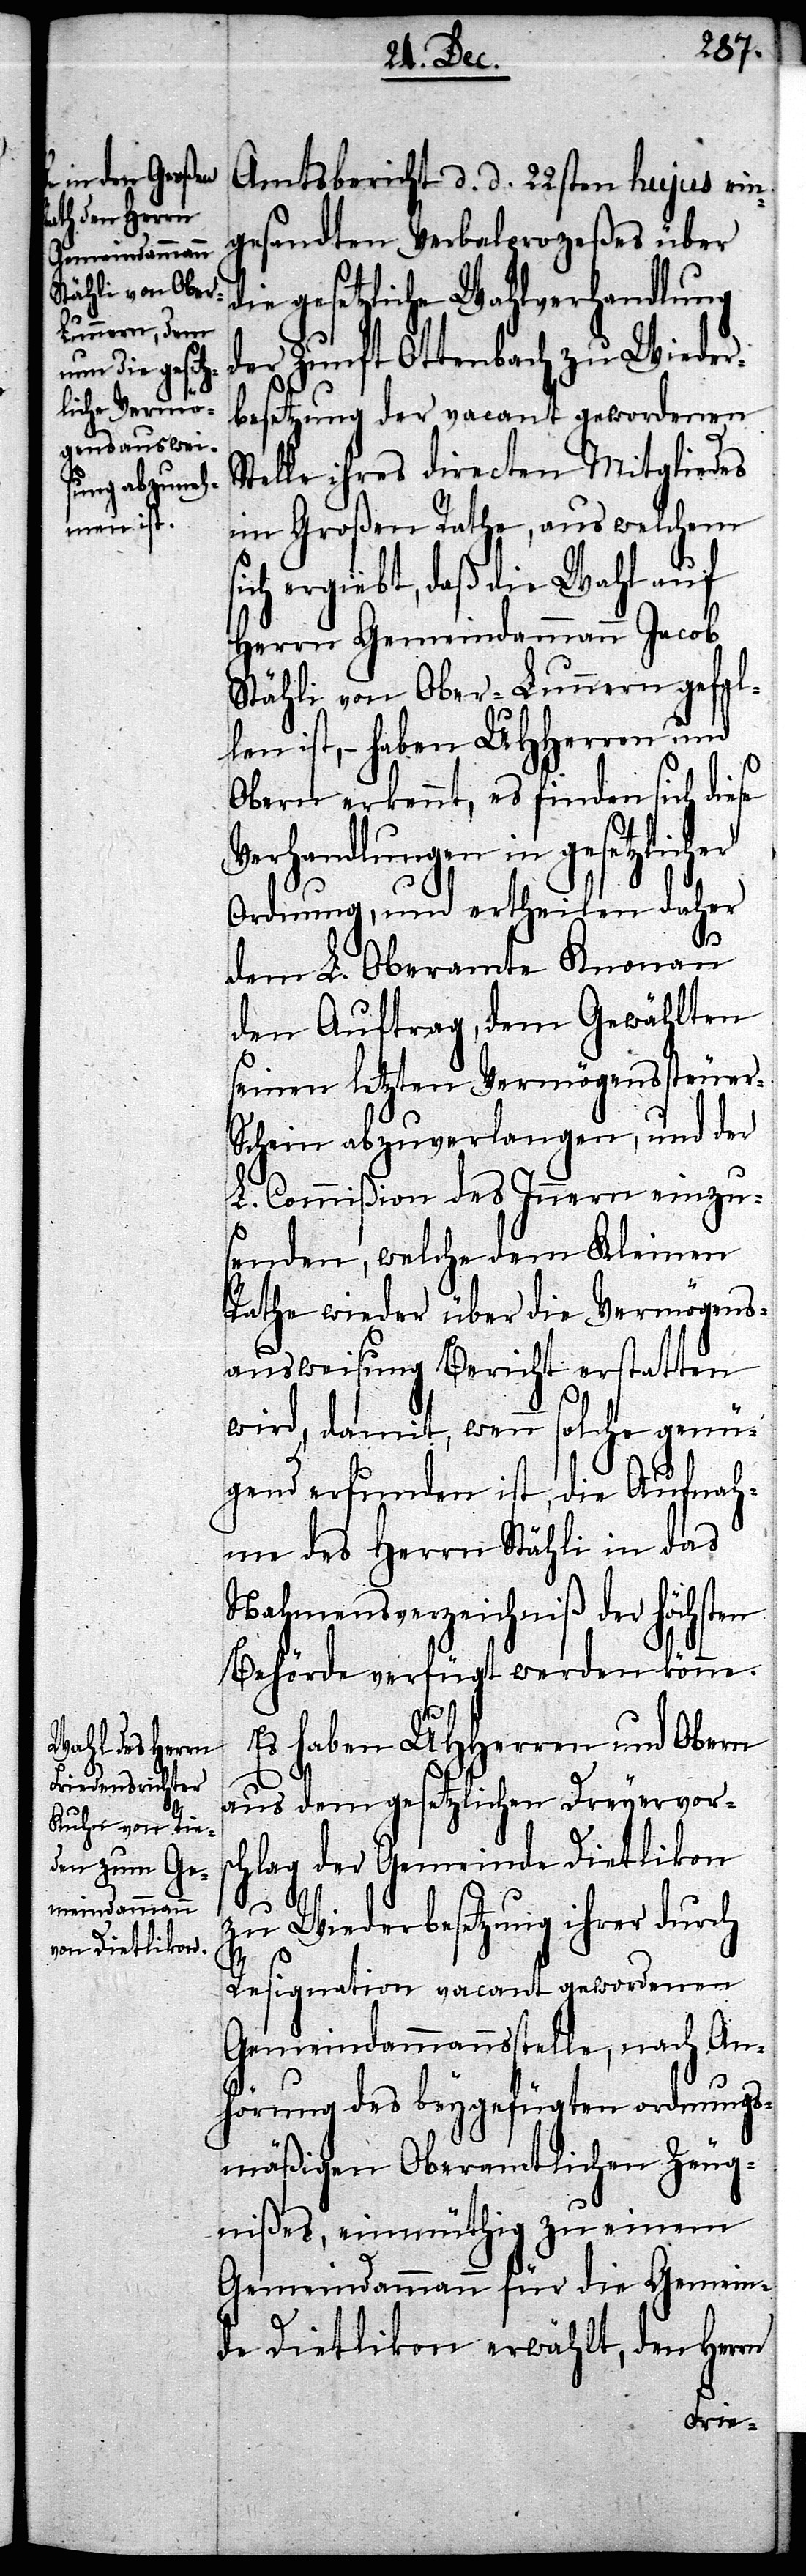
Amtsbericht d. d. 22sten hujus ein¬
gesandten Verbalprozeß über
die gesetzliche Wahlverhandlung
der Zunft Ottenbach zu Wider¬
besetzung der vacant gewordenen
Stelle ihres directen Mitgliedes
im Großen Rathe, aus welchem s¬
ich ergiebt, daß die Wahl auf
Herrn Gemeindammann Jacob
Stähli von Ober-Lunnern gefal¬
len ist, – haben UHHerren und
Obern erkennt, es finden sich diese
Verhandlungen in gesetzlic¬
Ordnung, und ertheilen daher
her
dem L. Oberamte Knonau
den Auftrag, dem Gewählten
seinen letzten Vermögenssteuer-S¬
chein abzuverlangen, und der
L. Commißion des Innern einzu¬
senden, welche dem Kleinen
Rathe wieder über die Vermögens¬
ausweisung Bericht erstatten
wird, damit, wenn solche genü¬
gend erfunden ist, die Aufnah¬
me des Herrn Stähli in das
Nahmensverzeichniß der höchsten
Behörde verfügt werden könne.
Es haben UHHerren und Obern
aus dem gesetzlichen Dreyervors¬
chlag der Gemeinde Dietlikon
zu Wiederbesetzung ihrer durch
Resignation vacant gewordenen
Gemeindammannsstelle, nach An¬
hörung des beygefügten ordnungs¬
mäßigen Oberamtlichen Zeug¬
nißes, einmüthig zu einem
Gemeindammann für die Gemein¬
de Dietlikon erwählt, den Herrn